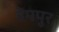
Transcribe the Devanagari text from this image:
हेमपुर